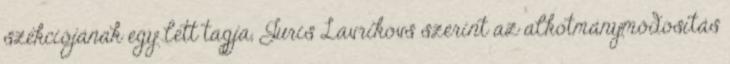
szekciójának egy lett tagja, Juris Lavrikovs szerint az alkotmánymódosítás